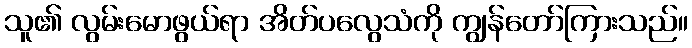
သူ၏ လွမ်းမောဖွယ်ရာ အိတ်ပလွေသံကို ကျွန်တော်ကြားသည်။